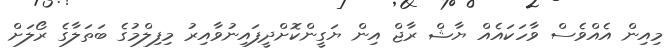
މިއިން އެއްވެސް ވާހަކައެއް ޔާޝް ރާޖް އިން ޔަގީންކޮށްދީފައިނުވާއިރު މިފިލްމުގެ ބަތަލާގެ ރޯލަށް